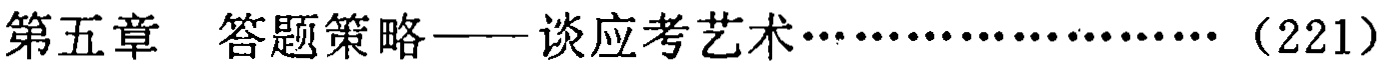
第五章 答题策略——谈应考艺术…………………（221）